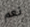
نعم